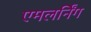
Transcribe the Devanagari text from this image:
एमलर्निंग